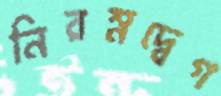
নিরম্নদ্বেগ